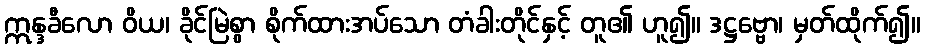
ဣန္ဒခီလော ဝိယ၊ ခိုင်မြဲစွာ စိုက်ထားအပ်သော တံခါးတိုင်နှင့် တူ၏ ဟူ၍။ ဒဋ္ဌဗ္ဗော၊ မှတ်ထိုက်၍။